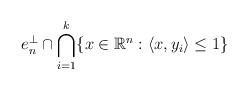
LaTeX: \begin{align*}e_n^{\perp}\cap \bigcap_{i=1}^k \{x\in\mathbb{R}^n:\langle x, y_i\rangle\leq 1\}\end{align*}